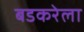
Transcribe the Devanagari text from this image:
बडकरेला